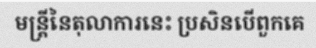
មន្ត្រីនៃតុលាការនេះ ប្រសិនបើពួកគេ